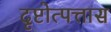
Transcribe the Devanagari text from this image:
दृष्टोत्पत्तास